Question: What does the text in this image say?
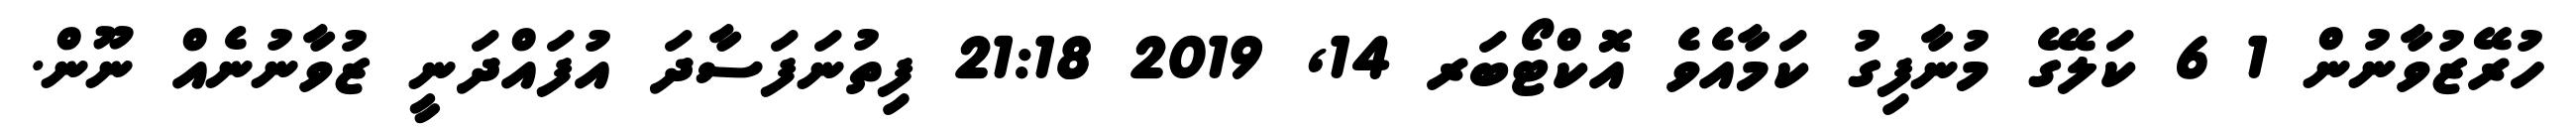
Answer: ހުރޭޒުވާނުން 1 6 ކަލޭގެ މުނާފިގު ކަމާއެވެ އޮކްޓޯބަރ 14, 2019 21:18 ފިތުނަފަސާދަ އުފައްދަނީ ޒުވާނުނެއް ނޫން.